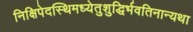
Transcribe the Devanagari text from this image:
निक्षिपेदस्थिमध्येतुशुद्धिर्भवतिनान्यथा